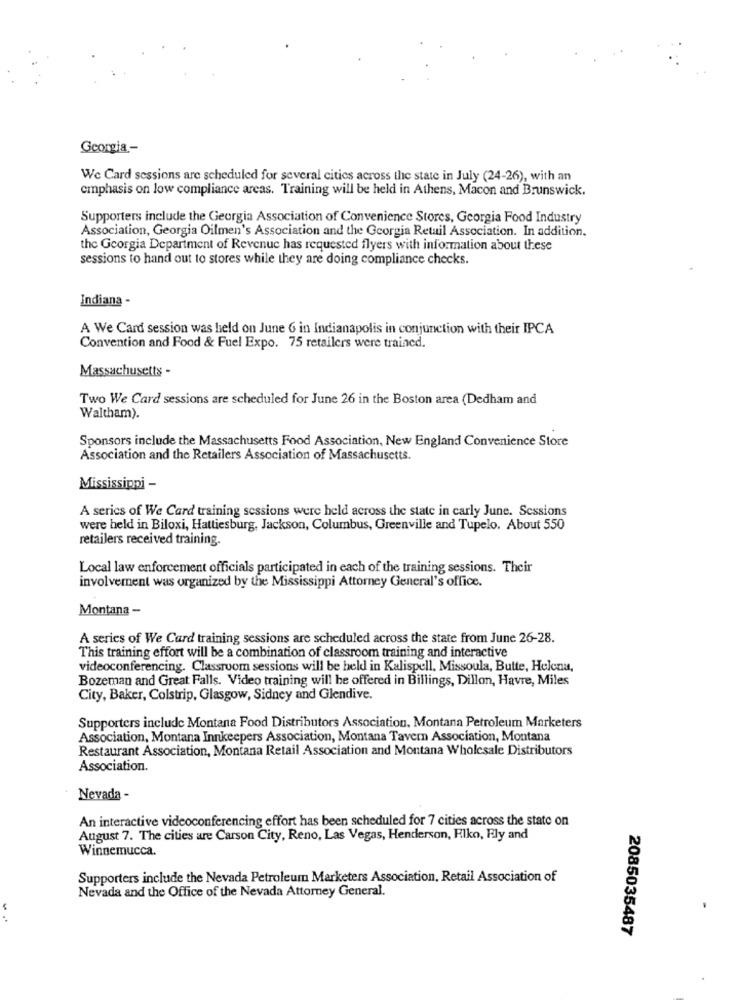
Georgia-
We Card sessions are scheduled for several cities across the state in July (24-26), with an
emphasis on low compliance areas. Training will be held in Athens, Macon and Brunswick.
Supporters include the Georgia Association of Convenience Stores, Georgia Food Industry
Association, Georgia Oilmen's Association and the Georgia Retail Association. In addition,
the Georgia Department of Revenue has requested flyers with information about these
sessions to hand out to stores while they are doing compliance checks.
Indiana -
A We Card session was held on June 6 in Indianapolis in conjunction with their IPCA
Convention and Food & Fuel Expo. 75 retailers were trained.
Massachusetts -
Two We Card sessions are scheduled for June 26 in the Boston area (Dedham and
Waltham).
Sponsors include the Massachusetts Food Association, New England Convenience Store
Association and the Retailers Association of Massachusetts.
Mississippi -
A series of We Card training sessions were held across the state in carly June. Sessions
were held in Biloxi, Hattiesburg, Jackson, Columbus, Greenville and Tupelo. About 550
retailers received training
Local law enforcement officials participated in each of the training sessions. Their
involvement was organized by the Mississippi Attorney General's office.
Montana -
A series of We Card training sessions are scheduled across the state from June 26-28.
This training effort will be a combination of classroom training and interactive
videoconferencing. Classroom sessions will be held in Kalispell, Missoula, Butte, Helena,
Bozeman and Great Falls. Video training will be offered in Billings, Dillon, Havre, Miles
City, Baker, Colstrip, Glasgow, Sidney and Glendive.
Supporters include Montana Food Distributors Association, Montana Petroleum Marketers
Association, Montana Innkeepers Association, Montana Tavern Association, Montana
Restaurant Association, Montana Retail Association and Montana Wholesale Distributors
Association.
Nevada -
An interactive videoconferencing effort has been scheduled for 7 cities across the state on
August 7. The cities are Carson City, Reno, Las Vegas, Henderson, Fiko, Fly and
Winnemucca.
Supporters include the Nevada Petroleum Marketers Association, Retail Association of
Nevada and the Office of the Nevada Attorney General.
2085035487